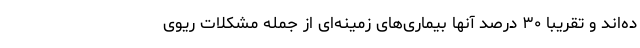
ده‌اند و تقریبا ۳۰ درصد آنها بیماری‌های زمینه‌ای از جمله مشکلات ریوی